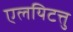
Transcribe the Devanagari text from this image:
एलयिटत्तु